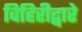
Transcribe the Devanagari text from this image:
विहिरीद्वारे